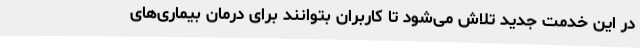
در این خدمت جدید تلاش می‌شود تا کاربران بتوانند برای درمان بیماری‌های